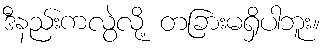
ဒီနည်းကလွဲလို့ တခြားမရှိပါဘူး။